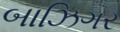
બાઝિગર